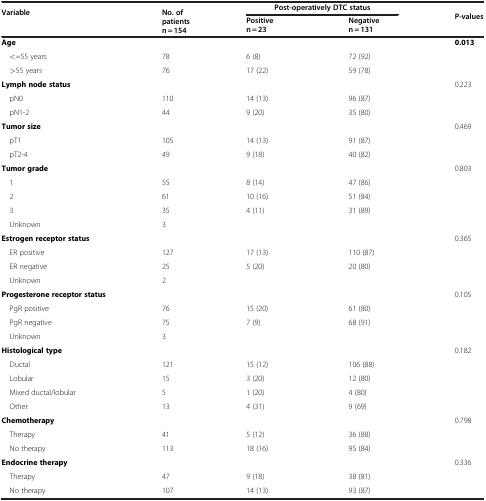
<table><thead><tr><td rowspan="2"><b>Variable</b></td><td rowspan="2"><b>No. of patients n = 154</b></td><td colspan="2"><b>Post-operatively DTC status</b></td><td rowspan="2"><b>P-values</b></td></tr><tr><td><b>Positive n = 23</b></td><td><b>Negative n = 131</b></td></tr></thead><tbody><tr><td><b>Age</b></td><td> </td><td> </td><td> </td><td><b>0.013</b></td></tr><tr><td> &lt;=55 years</td><td>78</td><td>6 (8)</td><td>72 (92)</td><td> </td></tr><tr><td> &gt;55 years</td><td>76</td><td>17 (22)</td><td>59 (78)</td><td> </td></tr><tr><td><b>Lymph node status</b></td><td> </td><td> </td><td> </td><td>0.223</td></tr><tr><td> pN0</td><td>110</td><td>14 (13)</td><td>96 (87)</td><td> </td></tr><tr><td> pN1-2</td><td>44</td><td>9 (20)</td><td>35 (80)</td><td> </td></tr><tr><td><b>Tumor size</b></td><td> </td><td> </td><td> </td><td>0.469</td></tr><tr><td> pT1</td><td>105</td><td>14 (13)</td><td>91 (87)</td><td> </td></tr><tr><td> pT2-4</td><td>49</td><td>9 (18)</td><td>40 (82)</td><td> </td></tr><tr><td><b>Tumor grade</b></td><td> </td><td> </td><td> </td><td>0.803</td></tr><tr><td> 1</td><td>55</td><td>8 (14)</td><td>47 (86)</td><td> </td></tr><tr><td> 2</td><td>61</td><td>10 (16)</td><td>51 (84)</td><td> </td></tr><tr><td> 3</td><td>35</td><td>4 (11)</td><td>31 (89)</td><td> </td></tr><tr><td> Unknown</td><td>3</td><td> </td><td> </td><td> </td></tr><tr><td><b>Estrogen receptor status</b></td><td> </td><td> </td><td> </td><td>0.365</td></tr><tr><td> ER positive</td><td>127</td><td>17 (13)</td><td>110 (87)</td><td> </td></tr><tr><td> ER negative</td><td>25</td><td>5 (20)</td><td>20 (80)</td><td> </td></tr><tr><td> Unknown</td><td>2</td><td> </td><td> </td><td> </td></tr><tr><td><b>Progesterone receptor status</b></td><td> </td><td> </td><td> </td><td>0.105</td></tr><tr><td> PgR positive</td><td>76</td><td>15 (20)</td><td>61 (80)</td><td> </td></tr><tr><td> PgR negative</td><td>75</td><td>7 (9)</td><td>68 (91)</td><td> </td></tr><tr><td> Unknown</td><td>3</td><td> </td><td> </td><td> </td></tr><tr><td><b>Histological type</b></td><td> </td><td> </td><td> </td><td>0.182</td></tr><tr><td> Ductal</td><td>121</td><td>15 (12)</td><td>106 (88)</td><td> </td></tr><tr><td> Lobular</td><td>15</td><td>3 (20)</td><td>12 (80)</td><td> </td></tr><tr><td> Mixed ductal/lobular</td><td>5</td><td>1 (20)</td><td>4 (80)</td><td> </td></tr><tr><td> Other</td><td>13</td><td>4 (31)</td><td>9 (69)</td><td> </td></tr><tr><td><b>Chemotherapy</b></td><td> </td><td> </td><td> </td><td>0.798</td></tr><tr><td> Therapy</td><td>41</td><td>5 (12)</td><td>36 (88)</td><td> </td></tr><tr><td> No therapy</td><td>113</td><td>18 (16)</td><td>95 (84)</td><td> </td></tr><tr><td><b>Endocrine therapy</b></td><td> </td><td> </td><td> </td><td>0.336</td></tr><tr><td> Therapy</td><td>47</td><td>9 (18)</td><td>38 (81)</td><td> </td></tr><tr><td> No therapy</td><td>107</td><td>14 (13)</td><td>93 (87)</td><td> </td></tr></tbody></table>